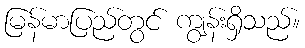
မြန်မာပြည်တွင် ကျွန်းရှိသည်။